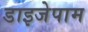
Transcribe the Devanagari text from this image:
डाइजेपाम